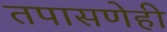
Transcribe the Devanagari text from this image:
तपासणेही